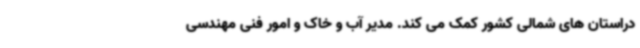
دراستان های شمالی کشور کمک می کند. مدیر آب و خاک و امور فنی مهندسی